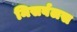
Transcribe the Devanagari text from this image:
मिसर्बलस